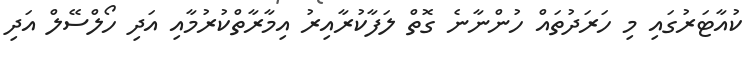
ކުއާޓަރުގައި މި ހަރަދުތައް ހުންނާނެ ގޮތް ލަފާކުރާއިރު އިމާރާތްކުރުމާއި އަދި ހޯލްސޭލް އަދި